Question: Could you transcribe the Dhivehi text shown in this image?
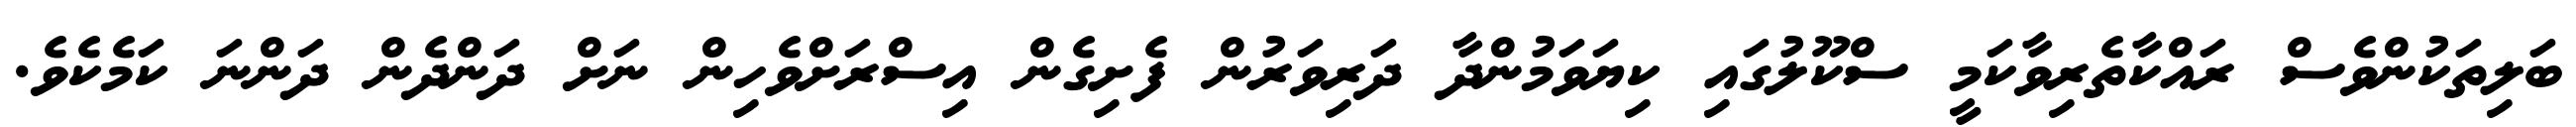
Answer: ބަލިތަކުންވެސް ރައްކާތެރިވާކަމީ ސްކޫލުގައި ކިޔަވަމުންދާ ދަރިވަރުން ފެށިގެން އިސްރަށްވެހިން ނަށް ދަންދެން ދަންނަ ކަމެކެވެ.